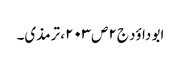
ابو داؤد ج۲ص۲۰۳، ترمذی۔